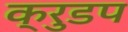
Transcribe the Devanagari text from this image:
क्रुडप